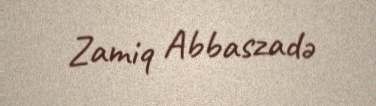
Zamiq Abbaszadə